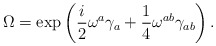
\begin{align*}\Omega=\exp\left( \frac{i}{2}\omega^{a}\gamma_{a}+\frac{1}{4}\omega^{ab}\gamma_{ab}\right) .\end{align*}